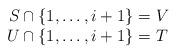
LaTeX: \begin{align*} \begin{array}{r@{}l} S \cap \{1,\ldots,i+1\}\ & = V \\ U \cap \{1,\ldots,i+1\}\ & = T \end{array} \end{align*}